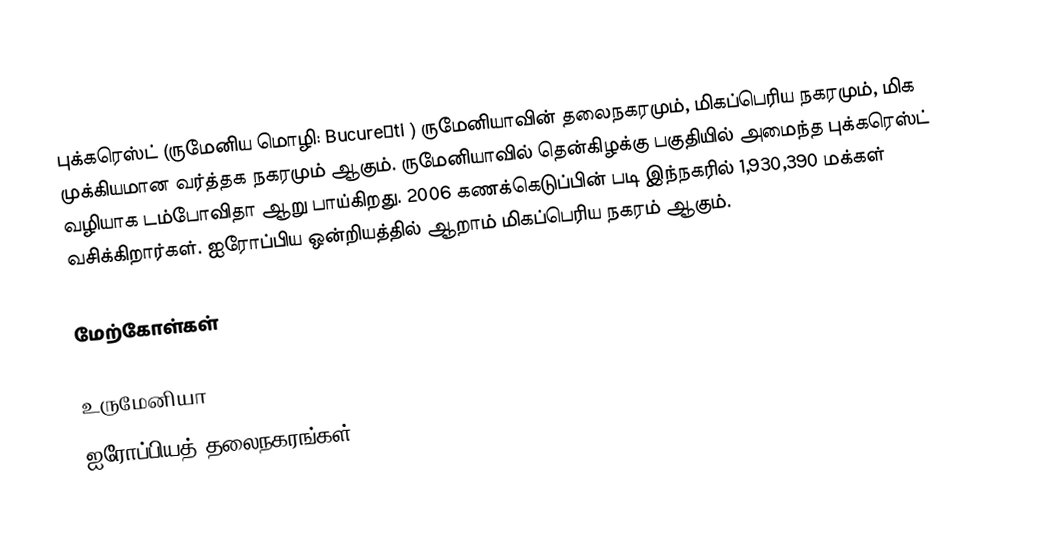
புக்கரெஸ்ட் (ருமேனிய மொழி: Bucureşti ) ருமேனியாவின் தலைநகரமும், மிகப்பெரிய நகரமும், மிக முக்கியமான வர்த்தக நகரமும் ஆகும். ருமேனியாவில் தென்கிழக்கு பகுதியில் அமைந்த புக்கரெஸ்ட் வழியாக டம்போவிதா ஆறு பாய்கிறது. 2006 கணக்கெடுப்பின் படி இந்நகரில் 1,930,390 மக்கள் வசிக்கிறார்கள். ஐரோப்பிய ஒன்றியத்தில் ஆறாம் மிகப்பெரிய நகரம் ஆகும்.

மேற்கோள்கள்

உருமேனியா
ஐரோப்பியத் தலைநகரங்கள்